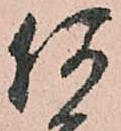
何